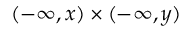
( - \infty , x ) \times ( - \infty , y )